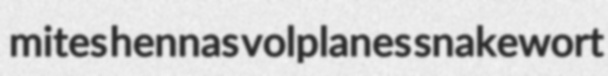
mites hennas volplanes snakewort